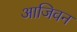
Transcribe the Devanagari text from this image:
आजिवन